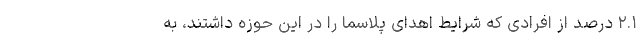
۲.۱ درصد از افرادی که شرایط اهدای پلاسما را در این حوزه داشتند، به